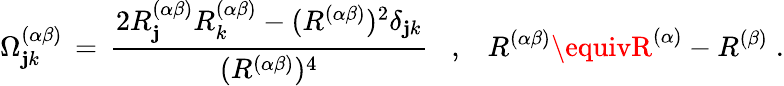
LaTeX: \Omega_{\mathbf{j}k}^{(\alpha\beta)}\, =\, \frac{{2R_{\mathbf{j}}^{(\alpha\beta)}R_{k}^{(\alpha\beta)}-(R^{(\alpha\beta)})^{2}\delta_{\mathbf{j}k}}}{{(R^{(\alpha\beta)})^{4}}}\; \; \; ,\; \; \; R^{(\alpha\beta)}\equivR^{(\alpha)}-R^{(\beta)}\; .